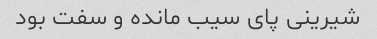
شیرینی پای سیب مانده و سفت بود